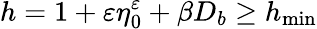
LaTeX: h=1+\varepsilon\eta_{0}^{\varepsilon}+\beta D_{b}\geq h_{\operatorname*{min}}